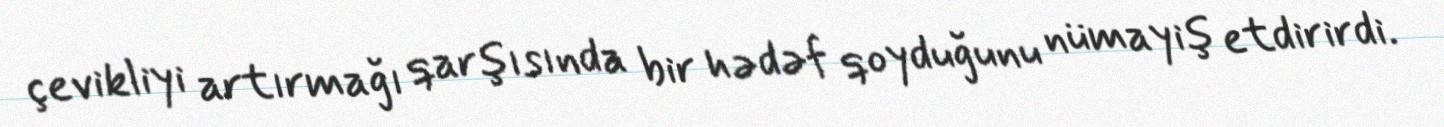
çevikliyi artırmağı qarşısında bir hədəf qoyduğunu nümayiş etdirirdi.